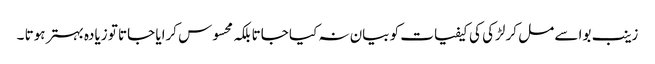
زینب بوا سے مل کر لڑکی کی کیفیات کو بیان نہ کیا جاتا بلکہ محسوس کرایا جاتا تو زیادہ بہتر ہوتا ۔